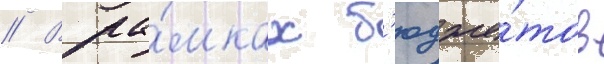
// В ра́мках б'юдже́тов